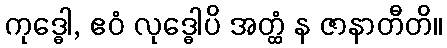
ကုဒ္ဓေါ, ဧဝံ လုဒ္ဓေါပိ အတ္ထံ န ဇာနာတီတိ။